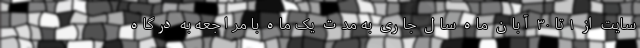
سایت از ۱ تا ۳۰ آبان ماه سال جاری به مدت یک ماه با مراجعه به درگاه